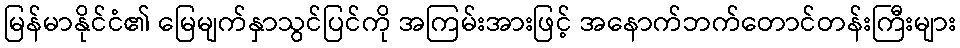
မြန်မာနိုင်ငံ၏ မြေမျက်နှာသွင်ပြင်ကို အကြမ်းအားဖြင့် အနောက်ဘက်တောင်တန်းကြီးများ